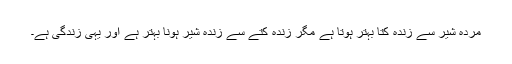
مردہ شیر سے زندہ کتا بہتر ہوتا ہے مگر زندہ کتے سے زندہ شیر ہونا بہتر ہے اور یہی زندگی ہے۔